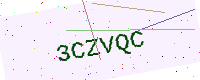
Text: 3CZVQC